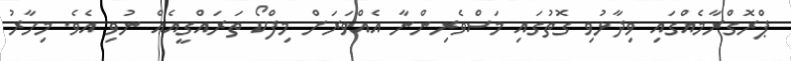
ޕްރޮގްރާމެއްގައި ވިދާޅުވި ގޮތުގައި މަސްވެރިންނާ އެއްވަރަށް މިފްކޯ ތަރައްގީއެއް ނުވި އެވެ. މިހާރު